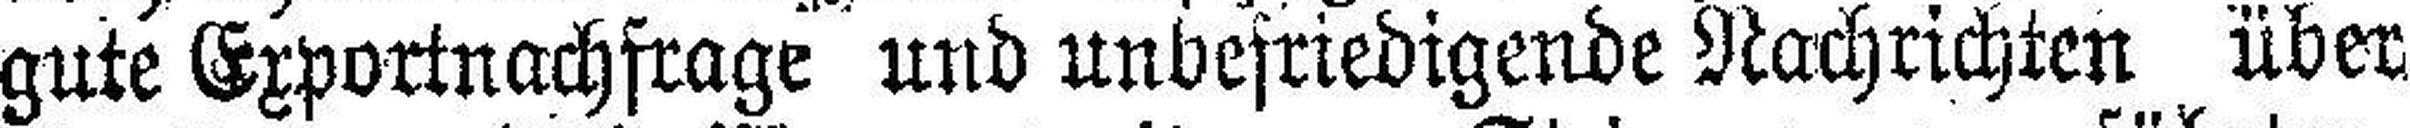
gute Exportnachfrage und unbefriedigende Nachrichten über